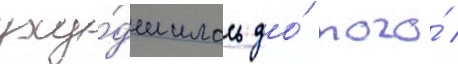
уху́дшилась до́ того́ /